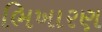
ભિખારણ